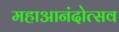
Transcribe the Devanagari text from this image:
महाआनंदोत्सव